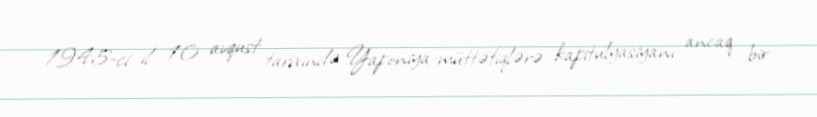
1945-ci il 10 avqust tarixində Yaponiya müttəfiqlərə kapitulyasiyanı ancaq bir